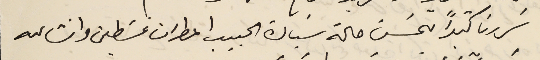
سَررنا كثيراً بحسَن حالة سَيادة الحبيب المطران غسَطين وانشالله